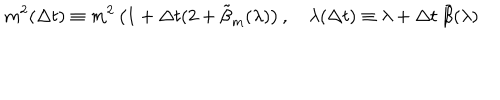
LaTeX: m ^ { 2 } ( \Delta t ) \equiv m ^ { 2 } \left( 1 + \Delta t ( 2 + \tilde { \beta } _ { m } ( \lambda ) \right) , \quad \lambda ( \Delta t ) \equiv \lambda + \Delta t ~ \tilde { \beta } ( \lambda )